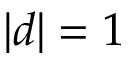
\vert d \vert = 1